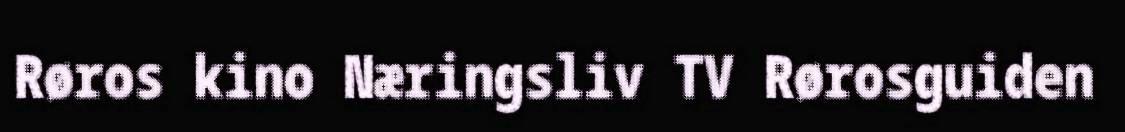
Røros kino Næringsliv TV Rørosguiden